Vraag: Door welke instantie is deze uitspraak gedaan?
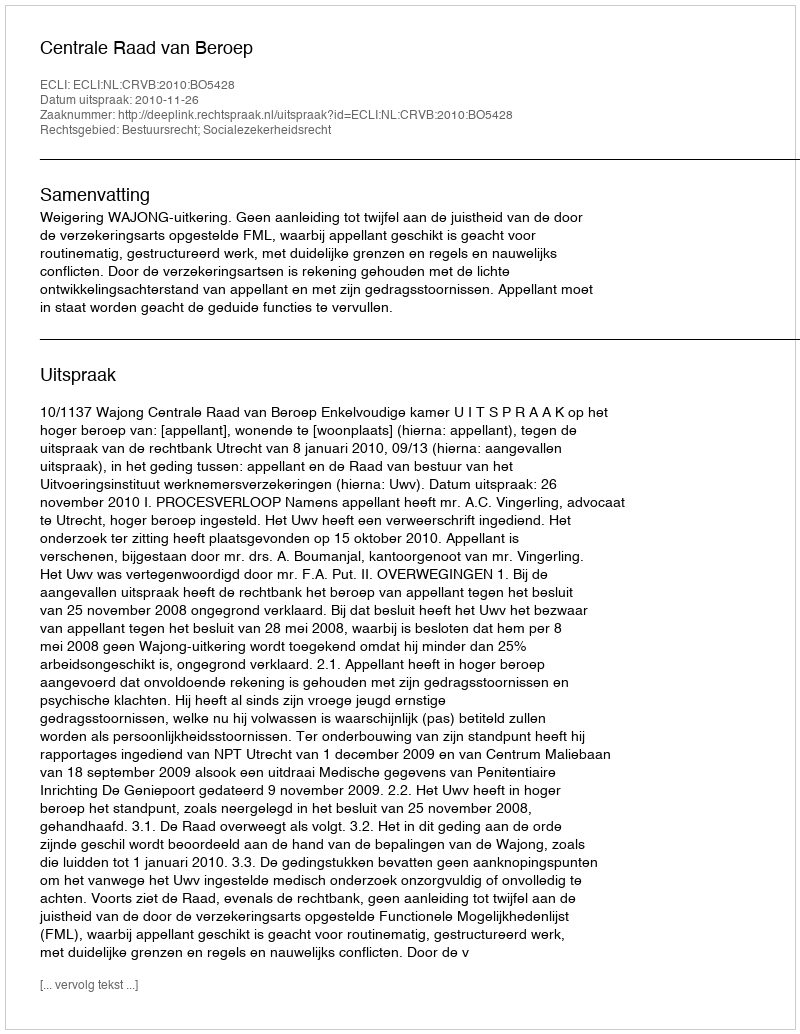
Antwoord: Centrale Raad van Beroep